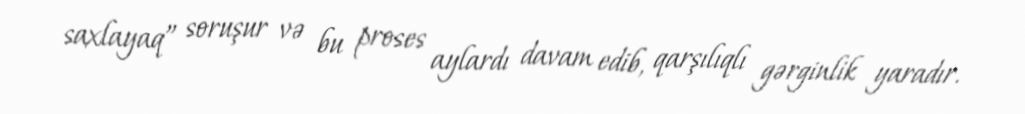
saxlayaq” soruşur və bu proses aylardı davam edib, qarşılıqlı gərginlik yaradır.